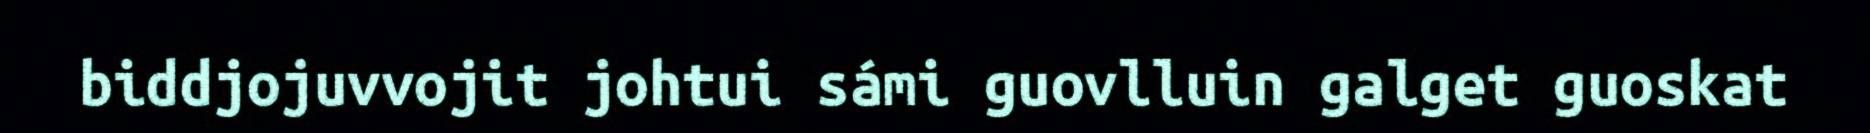
biddjojuvvojit johtui sámi guovlluin galget guoskat